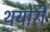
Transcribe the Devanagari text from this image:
थयोरी